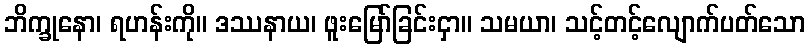
ဘိက္ခုနော၊ ရဟန်းကို။ ဒဿနာယ၊ ဖူးမြော်ခြင်းငှာ။ သမယာ၊ သင့်တင့်လျောက်ပတ်သော